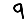
Digit: 9